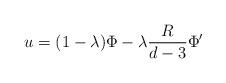
LaTeX: \begin{align*}u = (1-\lambda) \Phi - \lambda \frac{R}{d-3} \Phi'\end{align*}